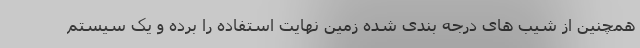
همچنین از شیب های درجه بندی شده زمین نهایت استفاده را برده و یک سیستم